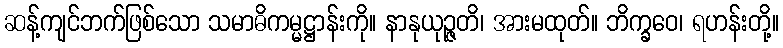
ဆန့်ကျင်ဘက်ဖြစ်သော သမာဓိကမ္မဋ္ဌာန်းကို။ နာနုယုဉ္ဇတိ၊ အားမထုတ်။ ဘိက္ခဝေ၊ ရဟန်းတို့။